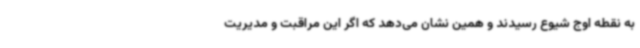
به نقطه اوج شیوع رسیدند و همین نشان می‌دهد که اگر این مراقبت و مدیریت